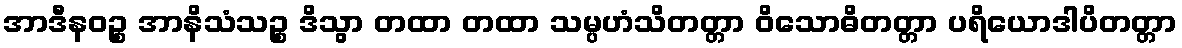
အာဒီနဝဉ္စ အာနိသံသဉ္စ ဒိသွာ တထာ တထာ သမ္ပဟံသိတတ္တာ ဝိသောဓိတတ္တာ ပရိယောဒါပိတတ္တာ